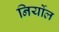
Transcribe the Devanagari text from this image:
निर्योल